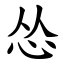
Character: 怂